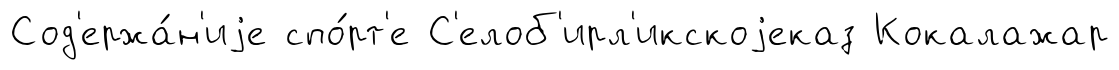
Сод'ержа́н'иjе спо́рт'е С'елоб'ирл'икскоjеказ Кокалажар